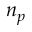
n _ { p }